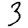
Digit: 3